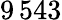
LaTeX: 9\, 543